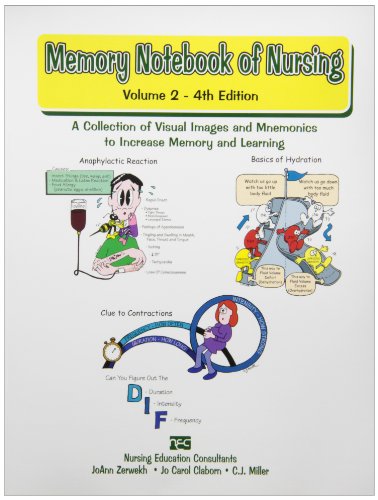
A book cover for Memory Notebook of Nursing: A Collection of Visual Images and Memonics to Increase Memory and Learning, Vol. 2; Joann Zerwekh; Medical Books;